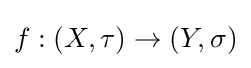
f:(X,\tau )\to (Y,\sigma )